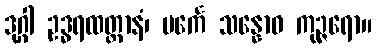
ဒုဂ္ဂါ ဥဒ္ဓရထတ္တာနံ၊ ပင်္ကေ သန္နောဝ ကုဉ္ဇရော။